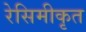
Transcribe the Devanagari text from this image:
रेसिमीकृत